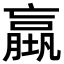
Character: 𡑤